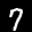
Label: 7